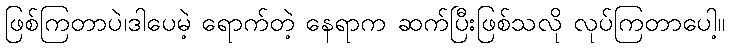
ဖြစ်ကြတာပဲ၊ဒါပေမဲ့ ရောက်တဲ့ နေရာက ဆက်ပြီးဖြစ်သလို လုပ်ကြတာပေါ့။